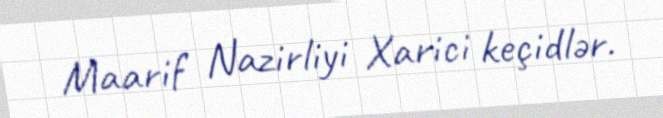
Maarif Nazirliyi Xarici keçidlər.